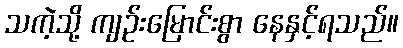
သကဲ့သို့ ကျဉ်းမြောင်းစွာ နေနှင့်ရသည်။